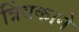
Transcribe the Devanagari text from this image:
त्रिंबकाने